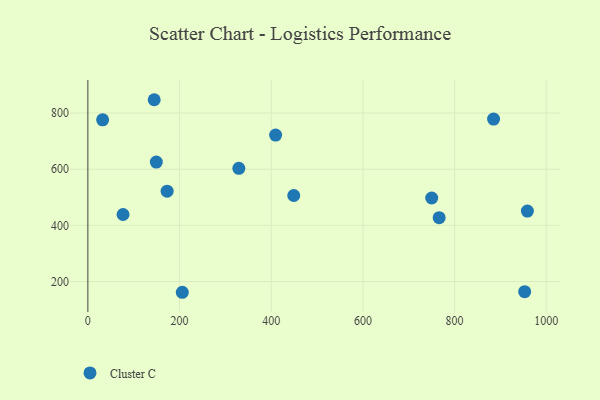
{"axis": {"x": "Investment", "y": "Profit"}, "legend": ["Cluster C"], "data": [{"x": "172.9", "y": 521.8, "type": "Cluster C"}, {"x": "206.0", "y": 161.8, "type": "Cluster C"}, {"x": "766.3", "y": 427.3, "type": "Cluster C"}, {"x": "32.2", "y": 776.0, "type": "Cluster C"}, {"x": "449.1", "y": 506.3, "type": "Cluster C"}, {"x": "144.7", "y": 847.4, "type": "Cluster C"}, {"x": "958.7", "y": 451.0, "type": "Cluster C"}, {"x": "329.3", "y": 603.0, "type": "Cluster C"}, {"x": "149.3", "y": 625.4, "type": "Cluster C"}, {"x": "885.0", "y": 778.6, "type": "Cluster C"}, {"x": "750.0", "y": 497.4, "type": "Cluster C"}, {"x": "952.8", "y": 163.9, "type": "Cluster C"}, {"x": "76.7", "y": 438.7, "type": "Cluster C"}, {"x": "409.5", "y": 721.6, "type": "Cluster C"}]}